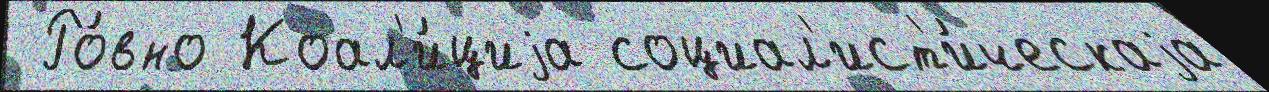
 Ро́вно Коал'и́циjа социал'ист'и́ческаjа